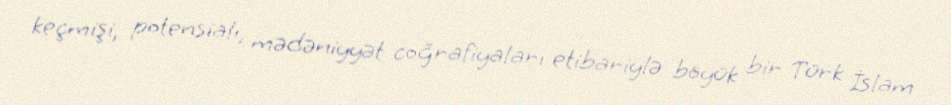
keçmişi, potensialı, mədəniyyət coğrafiyaları etibariylə böyük bir Türk İslam